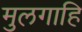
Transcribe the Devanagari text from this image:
मुलगाहि